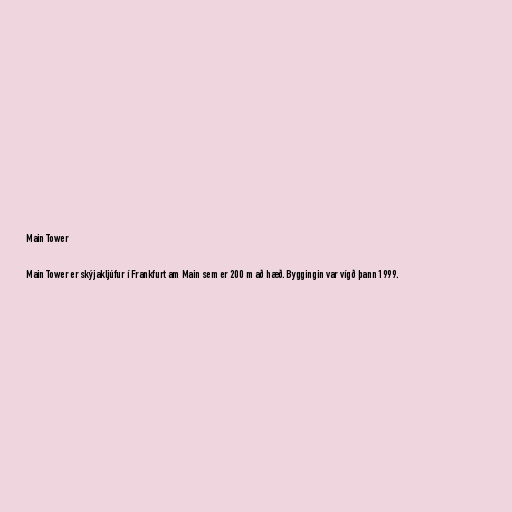
Main Tower

Main Tower er skýjakljúfur í Frankfurt am Main sem er 200 m að hæð. Byggingin var vígð þann 1999.